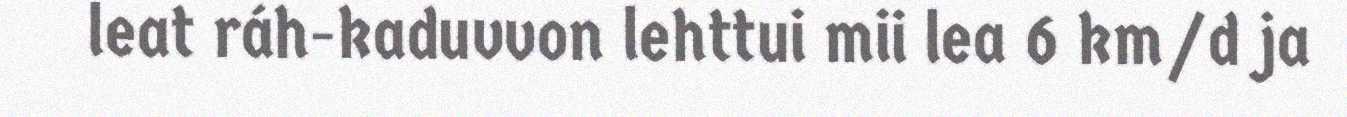
leat ráh-kaduvvon lehttui mii lea 6 km/d ja